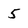
Character: 5